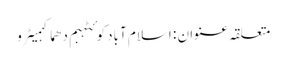
متعلقہ عنوان : اسلام آبادکوئٹہبم دھماکہمیٹرو